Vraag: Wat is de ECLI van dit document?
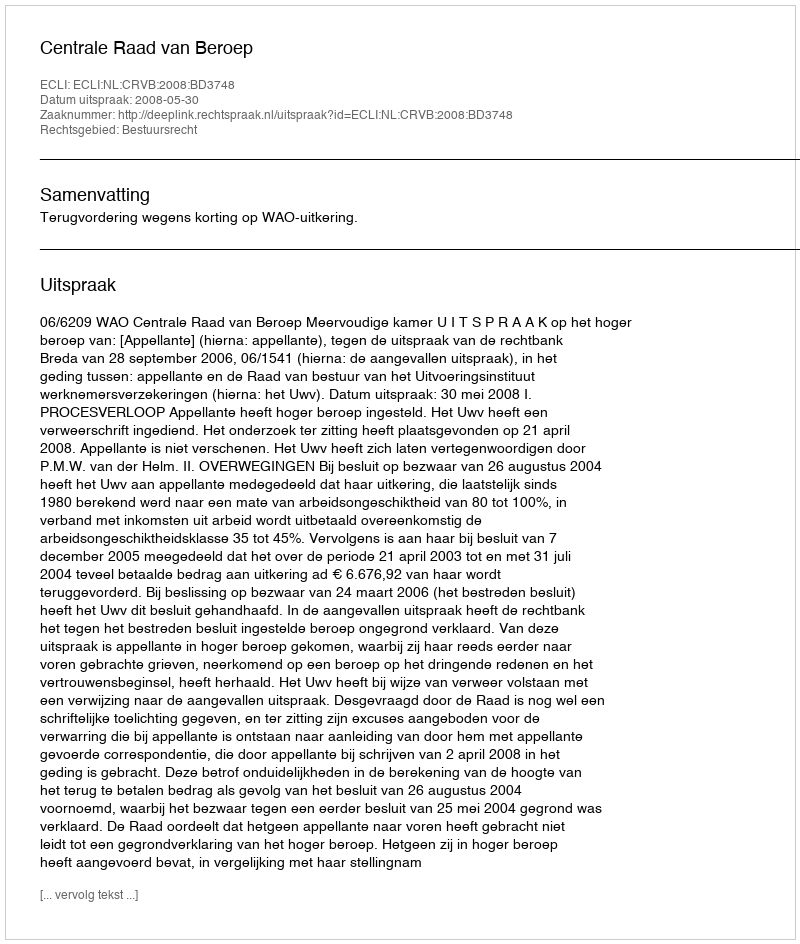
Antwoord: ECLI:NL:CRVB:2008:BD3748